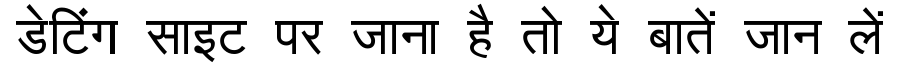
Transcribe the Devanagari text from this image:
डेटिंग साइट पर जाना है तो ये बातें जान लें